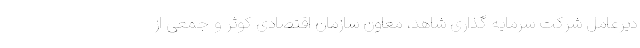
دیرعامل شرکت سرمایه گذاری شاهد، معاون سازمان اقتصادی کوثر و جمعی از